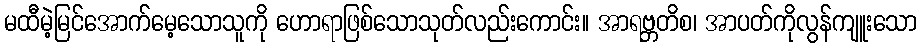
မထီမဲ့မြင်အောက်မေ့သောသူကို ဟောရာဖြစ်သောသုတ်လည်းကောင်း။ အာရဗ္ဘတိစ၊ အာပတ်ကိုလွန်ကျူးသော